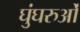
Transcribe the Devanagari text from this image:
घुंघरुओं